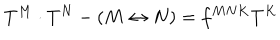
LaTeX: T ^ { M } \cdot T ^ { N } - ( M \leftrightarrow N ) = f ^ { M N K } T ^ { K }